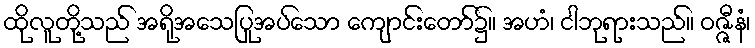
ထိုလူတို့သည် အရိုအသေပြုအပ်သော ကျောင်းတော်၌။ အဟံ၊ ငါဘုရားသည်။ ဝဇ္ဇီနံ၊